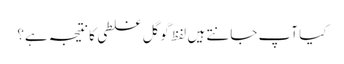
کیا آپ جانتے ہیں لفظ گوگل غلطی کا نتیجہ ہے؟